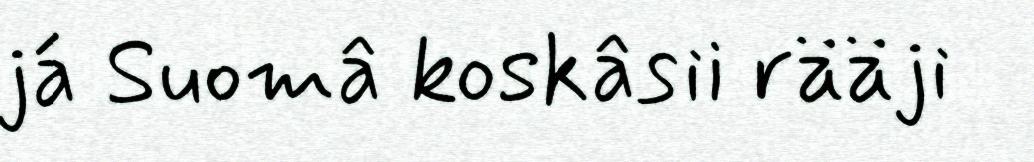
já Suomâ koskâsii rääji